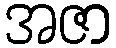
အဇာ